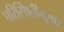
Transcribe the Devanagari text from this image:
परिस्थितींनुसार